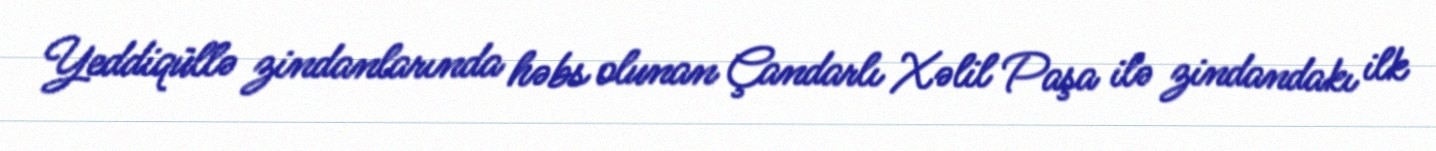
Yeddiqüllə zindanlarında həbs olunan Çandarlı Xəlil Paşa ilə zindandakı ilk